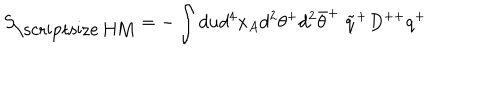
S _ { \mathrm { \scriptsize ~ H M } } = - \int d u d ^ { 4 } x _ { A } d ^ { 2 } \theta ^ { + } d ^ { 2 } \bar { \theta } ^ { + } \; \tilde { q } ^ { + } D ^ { + + } q ^ { + }